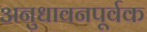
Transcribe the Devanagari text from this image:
अनुधावनपूर्वक